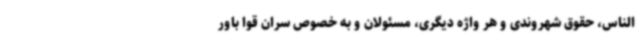
‌الناس، حقوق شهروندی و هر واژه دیگری، مسئولان و به خصوص سران قوا باور